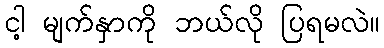
ငါ့ မျက်နှာကို ဘယ်လို ပြရမလဲ။